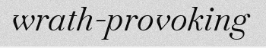
wrath-provoking